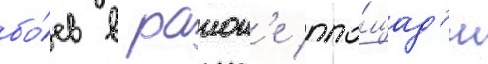
бо́ев в раион'е пло́щад'и